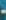
-